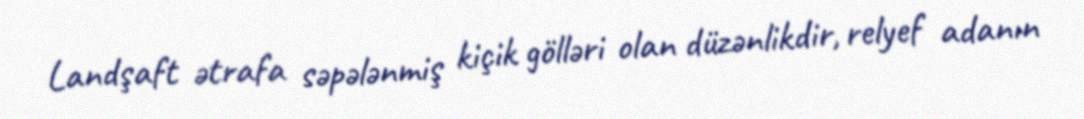
Landşaft ətrafa səpələnmiş kiçik gölləri olan düzənlikdir, relyef adanın